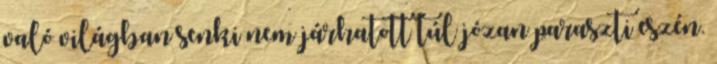
való világban senki nem járhatott túl józan paraszti eszén.